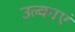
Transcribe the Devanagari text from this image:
उल्काएं